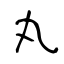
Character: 丸